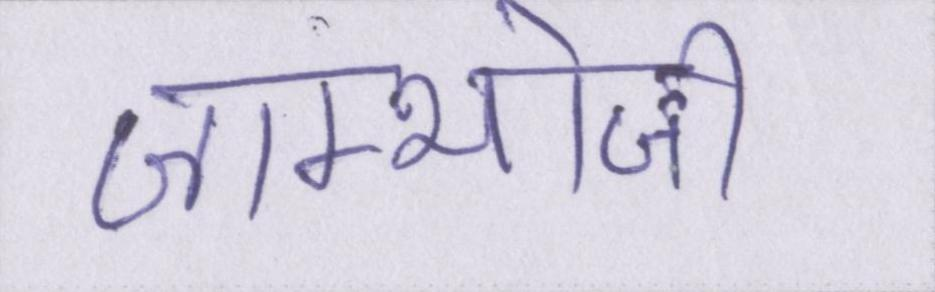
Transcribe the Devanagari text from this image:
जाम्भोजी